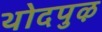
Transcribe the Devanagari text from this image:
थोदपुऴ